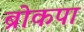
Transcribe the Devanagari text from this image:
ब्रोकपा